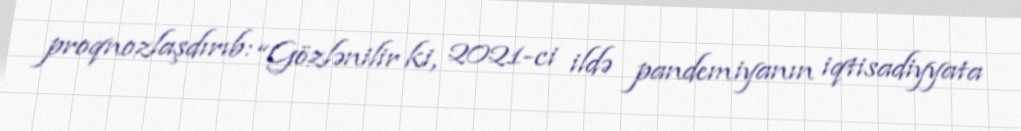
proqnozlaşdırıb: “Gözlənilir ki, 2021-ci ildə pandemiyanın iqtisadiyyata